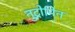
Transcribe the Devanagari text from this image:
नुट्रोपिन